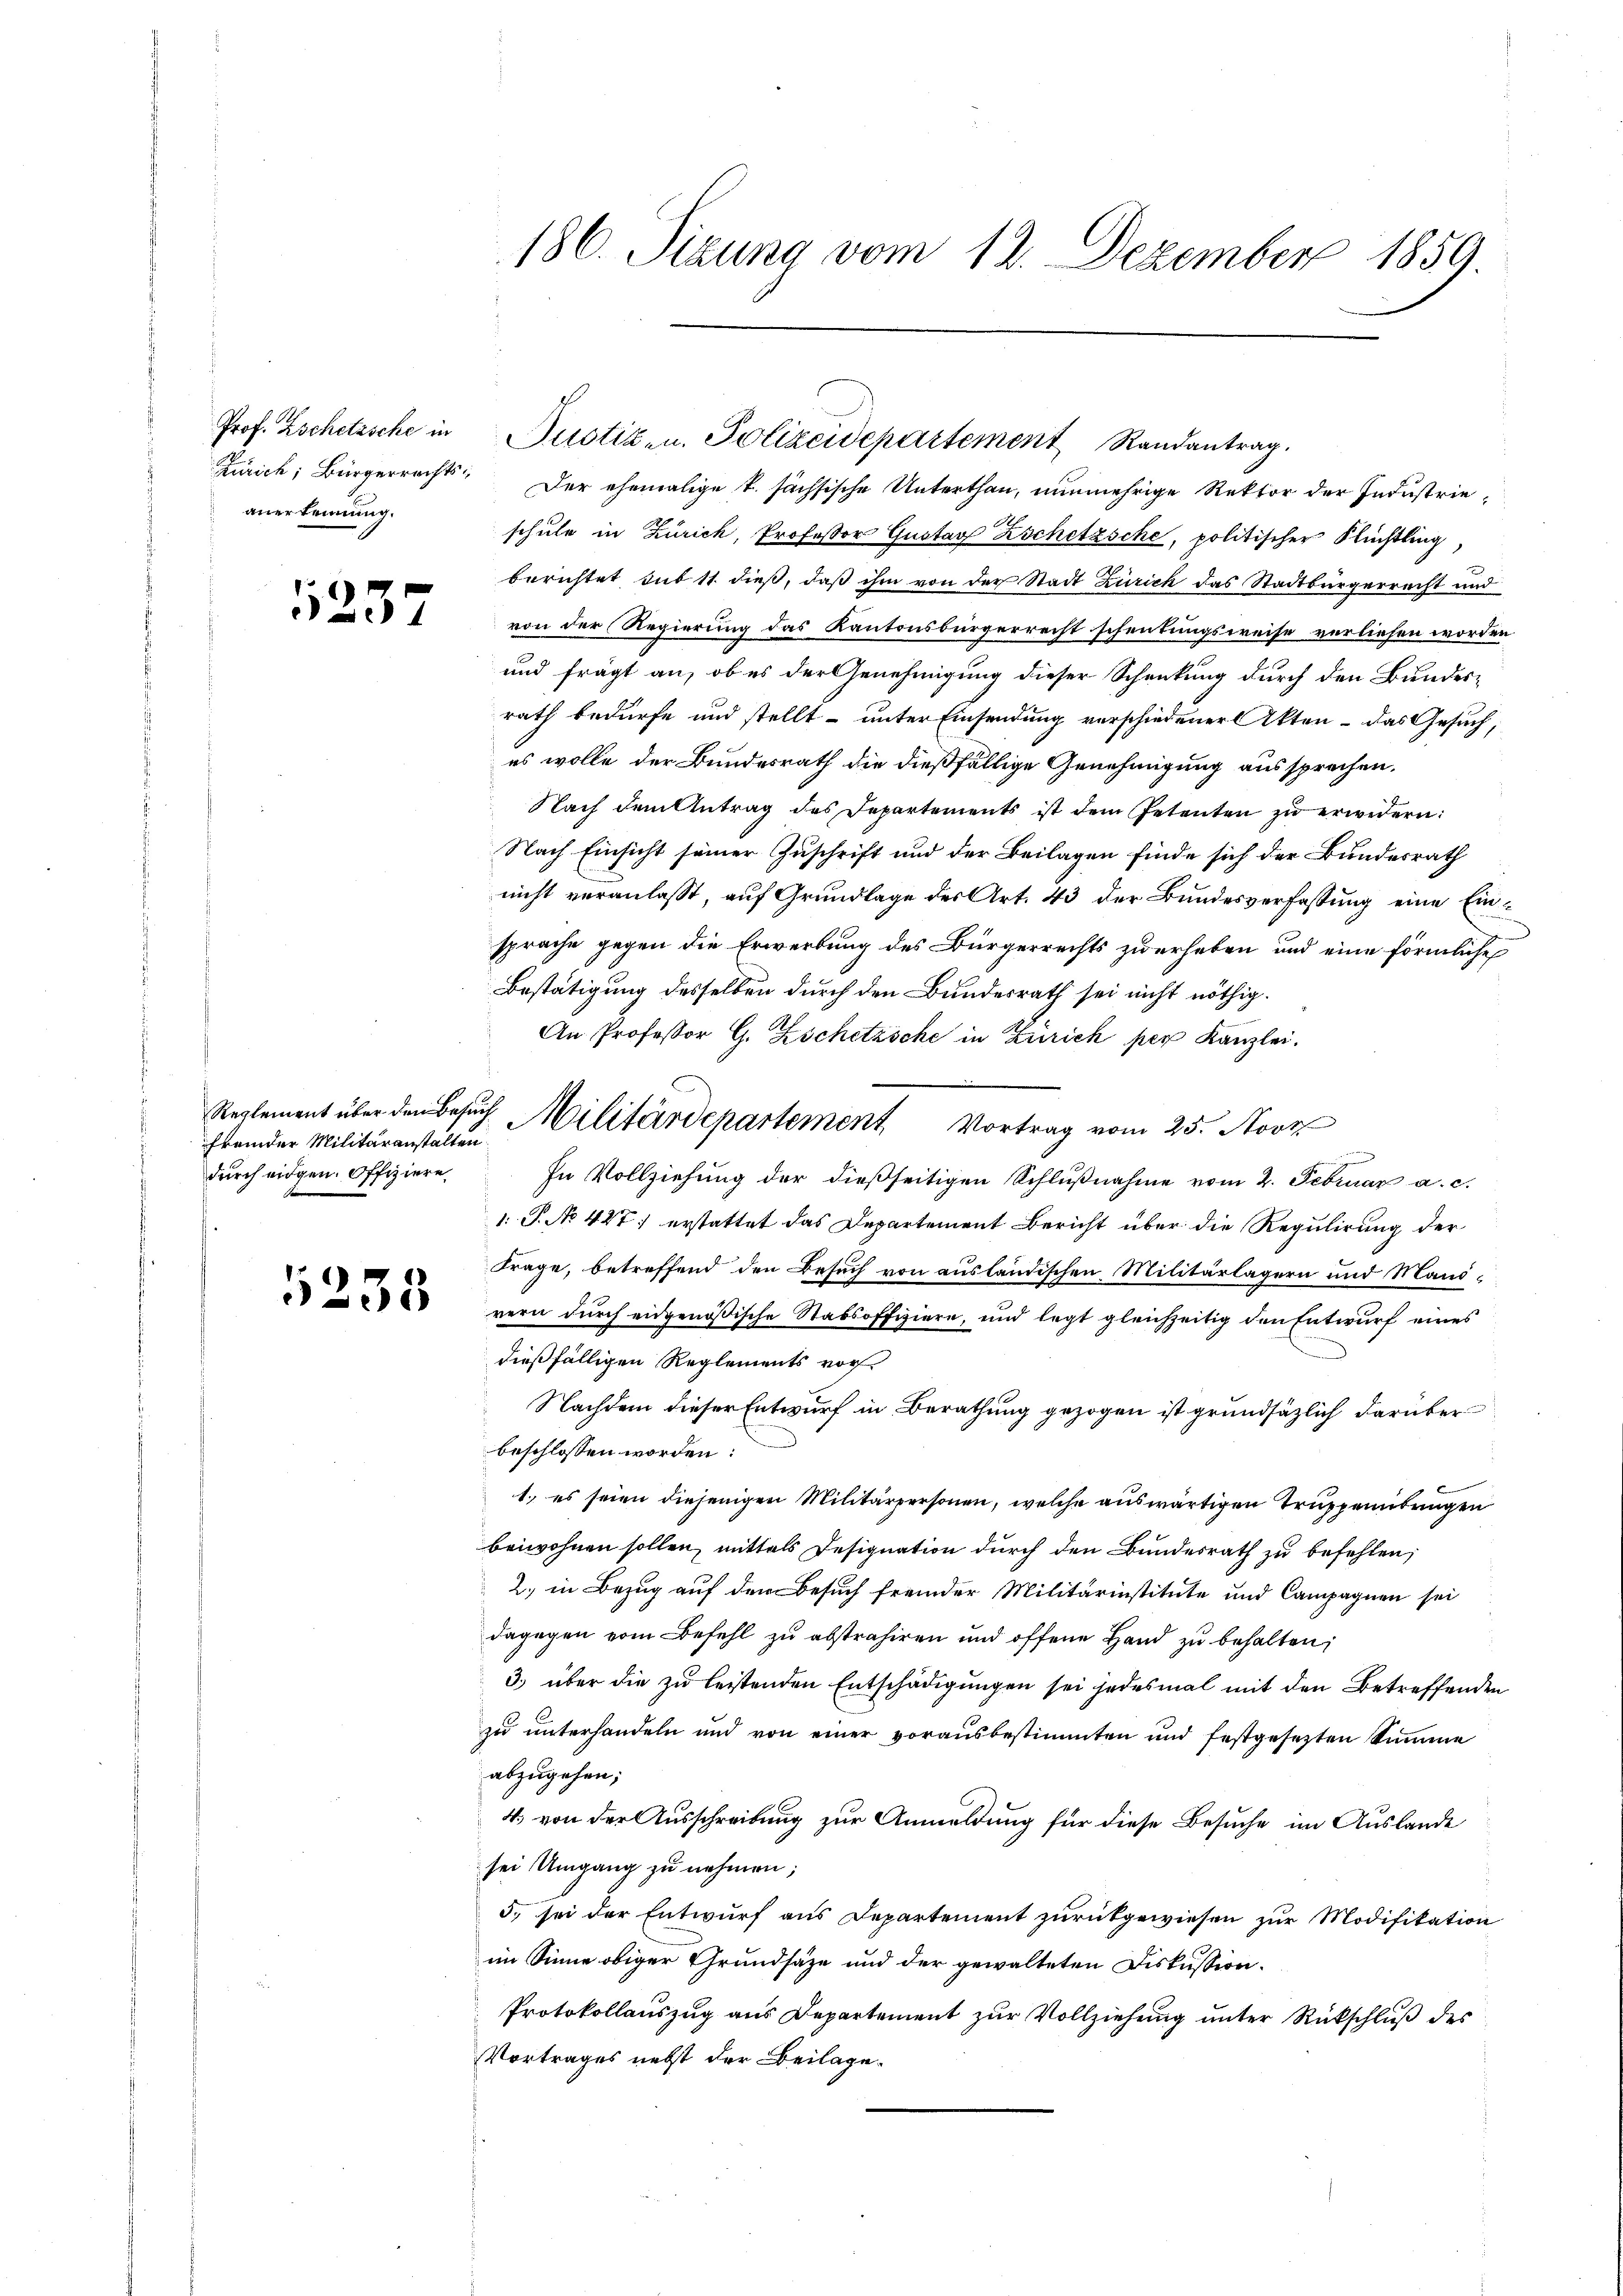
Prof. Zschetzsche in
anerkennung.

1237

fremder Militäranstalten
durch eidgen. Offiziere

5255

186. Sizung vom 12. Dezember 1859.

Zürich, Bürgerrecht. Der ehemalige k. sächsische Unterthan, nunmehrige Rektor der Industrieschule in Zürich, Professor Gustav Zschetzsche, politischer Flüchtling,
berichtet sub 11 dieß, daß ihm von der Stadt Zürich das Stadtbürgerrecht und
von der Regierung das Kantonsbürgerrecht schentungsweise verliefen worden
und frägt an, ob es der Genehmigung dieser Schenkung durch den Bundesrath bedürfe und stellt unter Einsendung verschiedener Akten – das Gesuch,
es wolle der Bundesrath die dießfällige Genehmigung aussprechen.
Nach dem Antrag des Departements ist dem Petenten zŭ erwidern:
Nach Einsicht seiner Zuschrift und der Beilagen finde sich der Bundesrath
nicht veranlasst, auf Grundlage des Art. 43 der Bundesverfassung eine Einsprache gegen die Erwerbung des Bürgerrechts zu erhaben und eine förmliche
Bestätigung desselben durch den Bundesrath sei nicht nöthig.
An Professor G. Zschetzsche in Zürich per Kanzlei.
n
In Vollziehung der dießseitigen Schlŭβnahme vom 2. Februar a. c.
1: P. No 447. erstattet das Departement Bericht über die Regulirung der
Frage, betreffend den Besuch von ausländischen Militärlägern und Mani-
rern durch eidgenössische Stabsoffiziere, und legt gleichzeitig den Entwurf eines
dießfälligen Reglements vor¬
Nachdem dieser Entwurf in Berathung gezogen ist grundsätzlich darüber
beschlossen worden:
1.) es seien diejenigen Militärpersonen, welche auswärtigen Truppenübungen
beiwohnen sollen, mittels Designation durch den Bundesrath zu befehlen;
2. in Bezug auf den Besuch fremder Militärinstitute und Campagnen sei
dagegen vom Befehl zu abstrahiren und offene Hand zu behalten;
3.) über die zu leistenden Entschädigungen sei jedesmal mit den Betreffenden
zu unterhandeln und von einer vorausbestimmten und festgesezten Summe
abzugehen;
4. von der Ausschreibung zur Anmeldung für diese Besuche im Auslande
sei Umgang zu nehmen;
5. sei der Entwurf aus Departement zurückgewiesen zur Modifikation
im Sinne obiger Grundsätze und der gewalteten Diskussion.
Protokollauszug aus Departement zur Vollziehung unter Rückschluß des
Vortrages nebst der Beilage.

Reglement über den Besuch Militärdepartement Vortrag vom 25. Nove

Justiz- u. Polizeidepartement Randantrag.